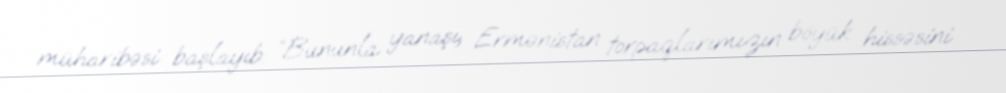
müharibəsi başlayıb: “Bununla yanaşı, Ermənistan torpaqlarımızın böyük hissəsini